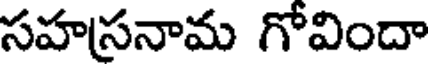
సహస్రనామ గోవిందా